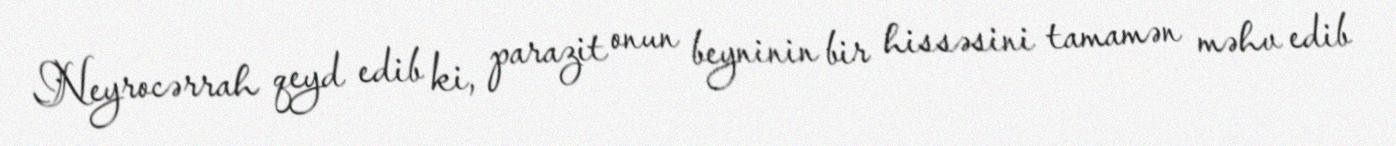
Neyrocərrah qeyd edib ki, parazit onun beyninin bir hissəsini tamamən məhv edib